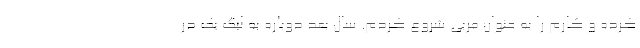
کرده و کارم را به عنوان مربی شروع کردم. سال بعد دوباره به لیگ یک در